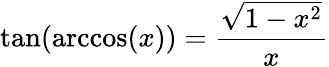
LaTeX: \tan(\operatorname{arccos}(x))={\frac{\sqrt{1-x^{2}}}{x}}